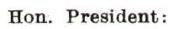
Hon. President: